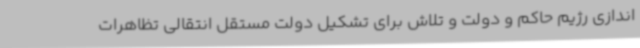
اندازی رژیم حاکم و دولت و تلاش برای تشکیل دولت مستقل انتقالی تظاهرات